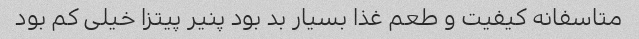
متاسفانه کیفیت و طعم غذا بسیار بد بود پنیر پیتزا خیلی کم بود